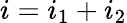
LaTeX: i=i_{1}+i_{2}